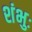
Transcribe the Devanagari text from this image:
शंभुः